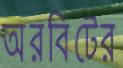
অরবিটের